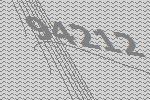
94212